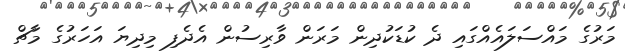
މަރުގެ މައްސަލައެއްގައި ދެ ކުޑަކުދިން މަރަން ވާރިސުން އެދެފި މިދިޔަ އަހަރުގެ މާޗް